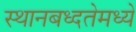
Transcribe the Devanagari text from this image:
स्थानबध्दतेमध्ये